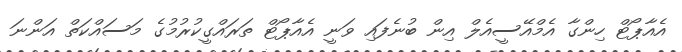
އެއާޕޯޓް ހިންގާ އެމްއޭސީއެލް އިން ބުނެފައި ވަނީ އެއާޕޯޓް ތަރައްގީކުރުމުގެ މަސައްކަތް އަންނަ